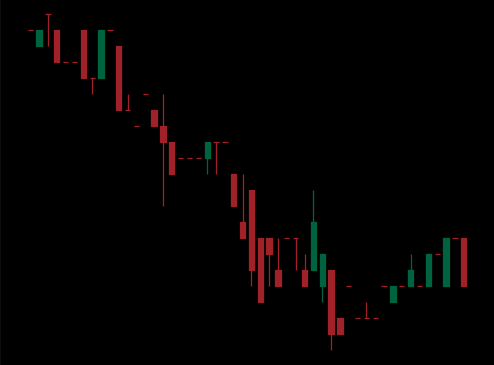
Pattern: bull_flag